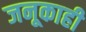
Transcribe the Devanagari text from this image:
जनूकाही